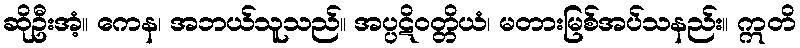
ဆိုဦးအံ့။ ကေန၊ အဘယ်သူသည်။ အပ္ပဋိဝတ္တိယံ၊ မတားမြစ်အပ်သနည်း။ ဣတိ